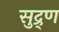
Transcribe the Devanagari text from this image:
सुद्र्ण